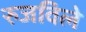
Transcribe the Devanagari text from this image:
रुजविले